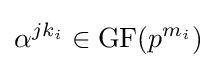
\alpha ^{jk_{i}}\in \mathrm {GF} (p^{m_{i}})